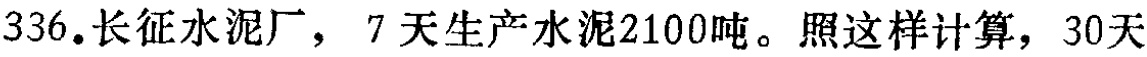
336.长征水泥厂，7天生产水泥2100吨。照这样计算，30天